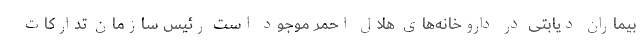
بیماران دیابتی در داروخانه‌های هلال احمر موجود است رئیس سازمان تدارکات